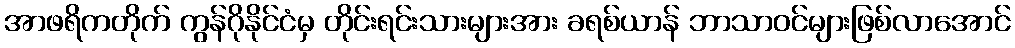
အာဖရိကတိုက် ကွန်ဂိုနိုင်ငံမှ တိုင်းရင်းသားများအား ခရစ်ယာန် ဘာသာဝင်များဖြစ်လာအောင်